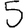
Digit: 5